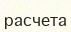
расчета